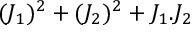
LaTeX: ( J _ { 1 } ) ^ { 2 } + ( J _ { 2 } ) ^ { 2 } + J _ { 1 } . J _ { 2 }